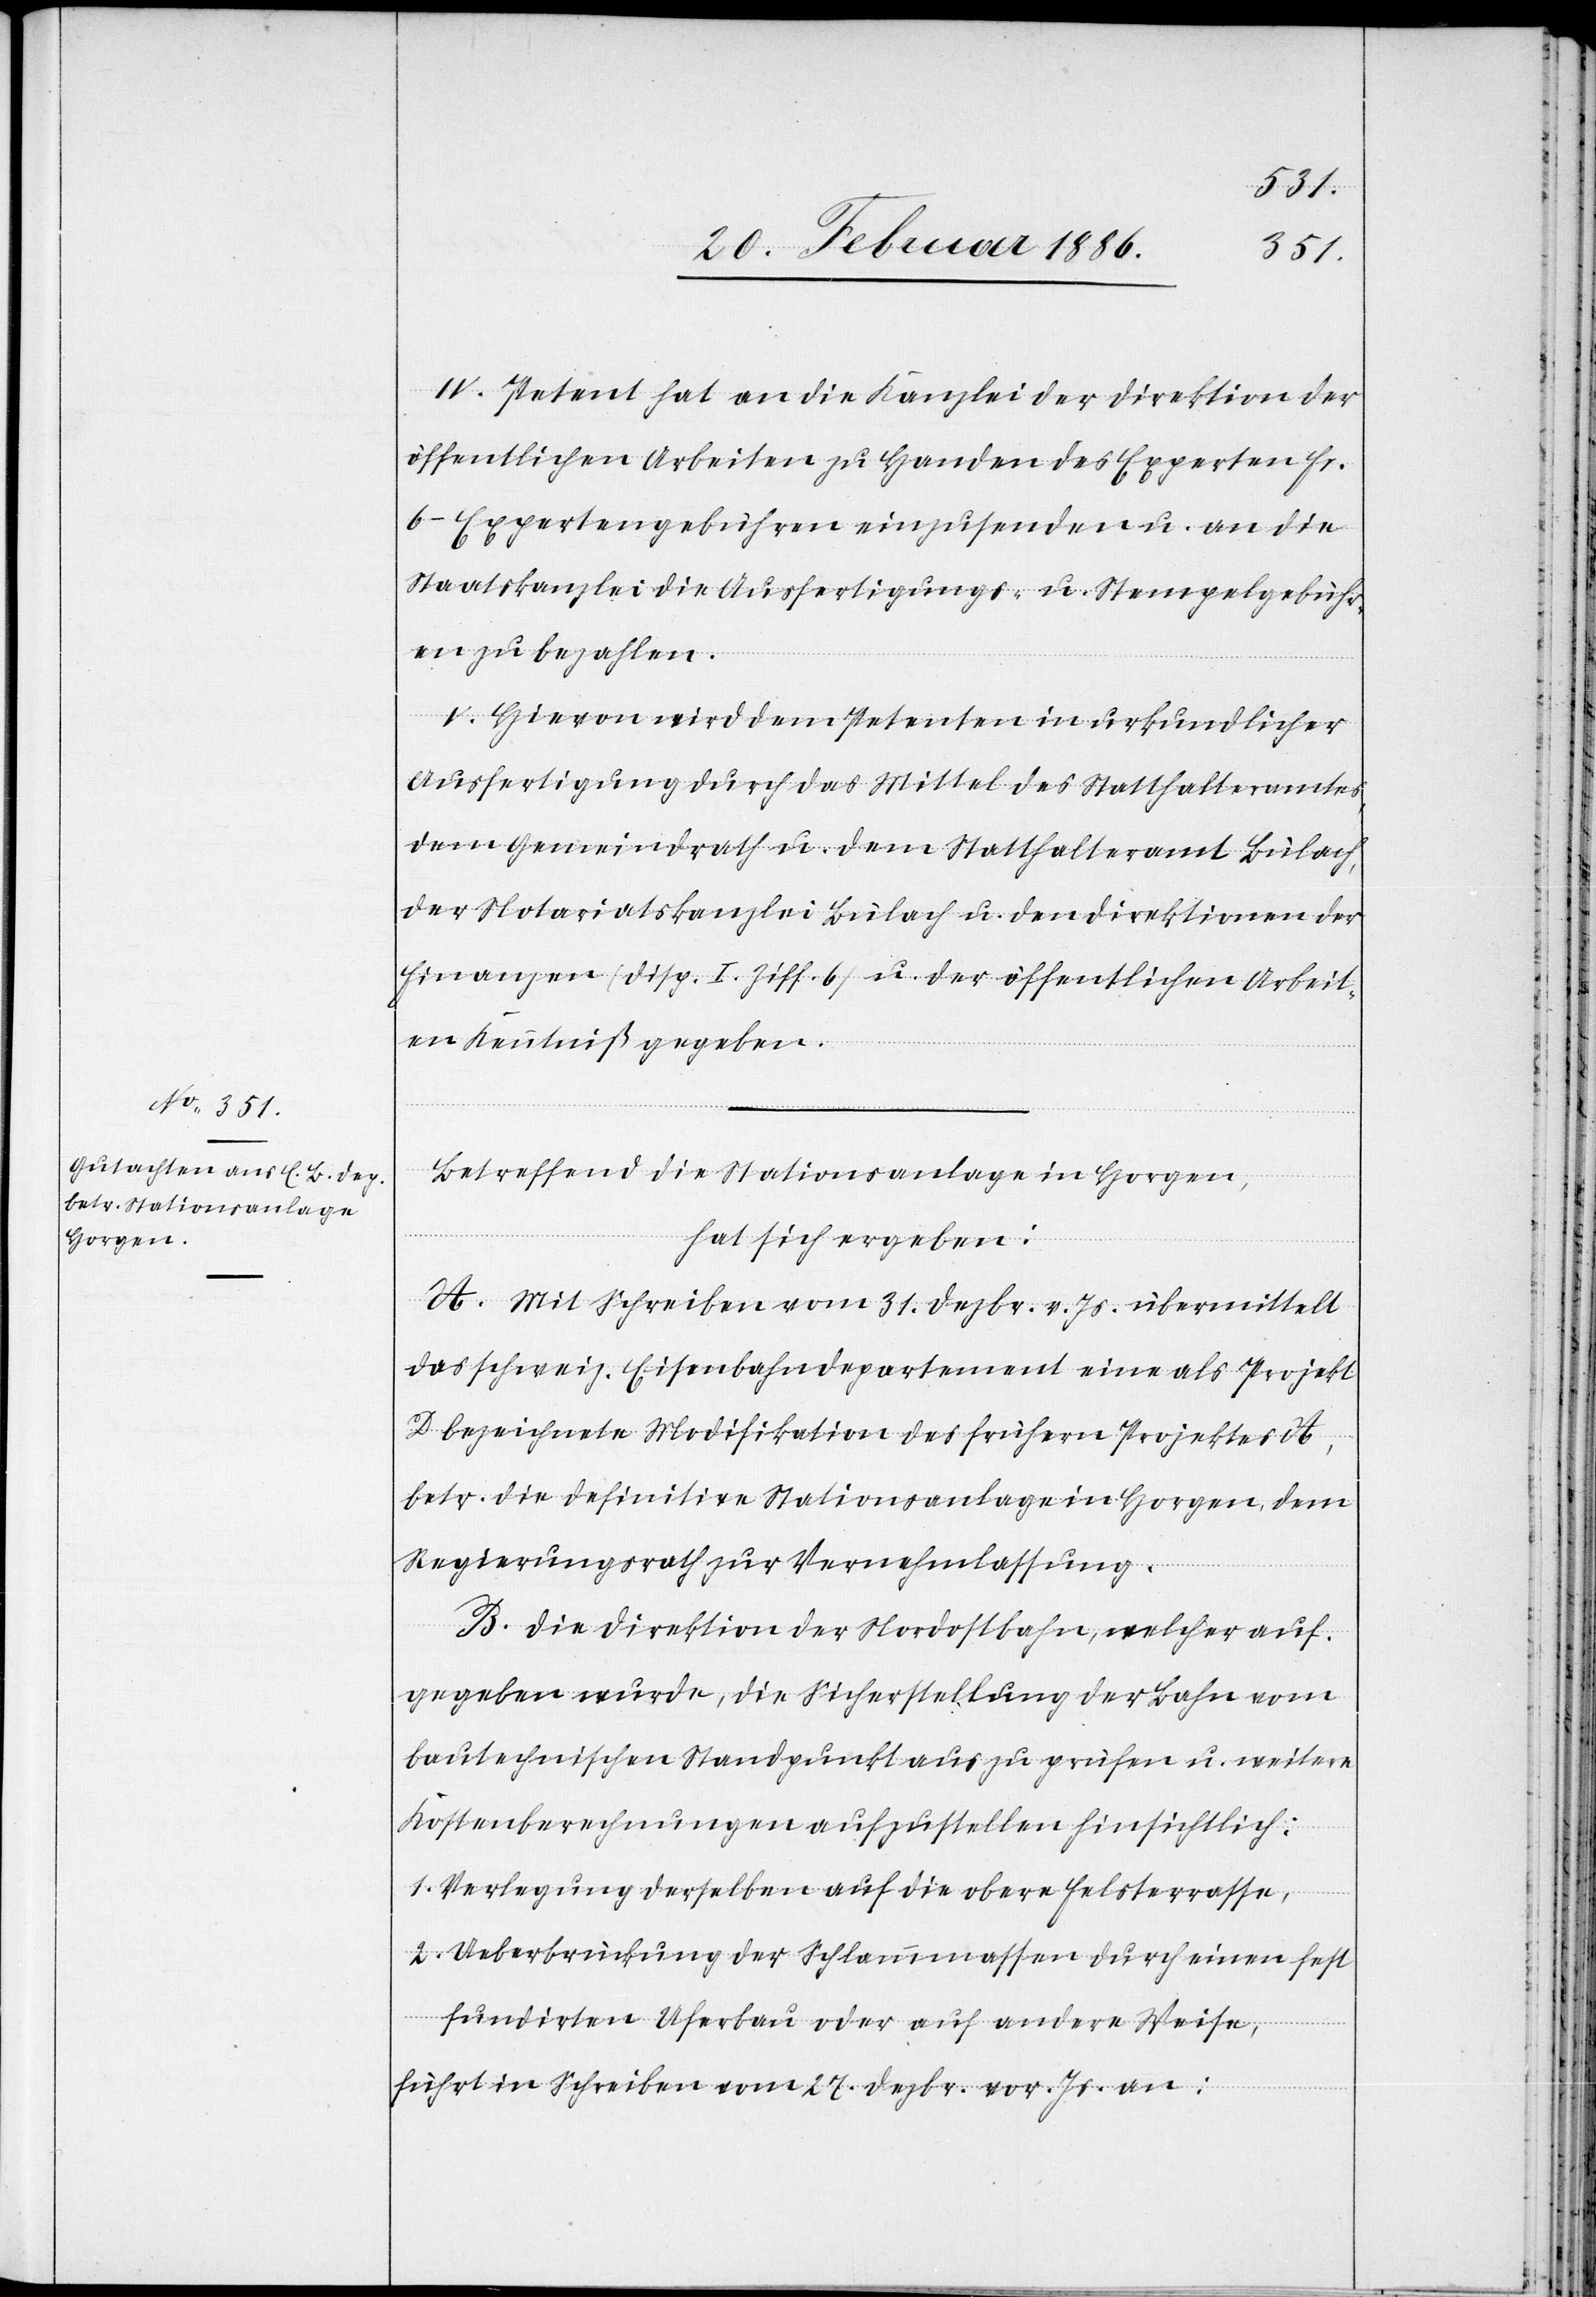
IV. Petent hat an die Kanzlei der Direktion der
öffentlichen Arbeiten zu Handen des Experten Fr.
6.– Expertengebühren einzusenden u. an die
Staatskanzlei die Ausfertigungs- u. Stempelgebühr¬
en zu bezahlen.
V. Hievon wird dem Petenten in urkundlicher
Ausfertigung durch das Mittel des Statthalteramtes,
dem Gemeindrath u. dem Statthalteramt Bülach,
der Notariatskanzlei Bülach u. den Direktionen der
Finanzen (Disp. I Ziff. 6) u. der öffentlichen Arbeit¬
en Kenntniß gegeben.
Betreffend die Stationsanlage in Horgen,
hat sich ergeben:
A. Mit Schrieben vom 31. Dezbr. v. Js. übermittelt
das schweiz. Eisenbahndepartement eine als Projekt
D bezeichnete Modifikation des frühern Projektes A,
betr. die definitive Stationsanlage in Horgen, dem
Regierungsrath zur Vernehmlassung.
B. Die Direktion der Nordostbahn, welcher auf¬
gegeben wurde, die Sicherstellung der Bahn vom
bautechnischen Standpunkt aus zu prüfen u. weitere
Kostenberechnungen aufzustellen hinsichtlich:
1. Verlegung derselben auf die obere Felsterrasse,
2. Ueberbrückung der Schlammmassen durch eine fest
fundirten Uferbau oder auf andere Weise,
führt in Schreiben vom 27. Dezbr. vor. Js. an: